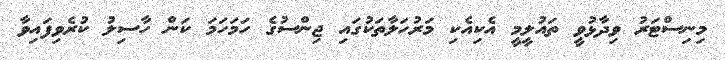
މިނިސްޓަރު ވިދާޅުވީ ތައުލީމީ އެކިއެކި މަރުހަލާތަކުގައި ޖިންސުގެ ހަމަހަމަ ކަން ހާސިލު ކުރެވިފައިވާ